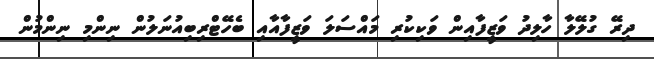
ދިރޭ ގުލޭލާ ހާލިދު ވަޒީފާއިން ވަކިކުރި މައްސަލަ ވަޒީފާއާއި ބެހޭޓްރިބިއުނަލުން ނިންމި ނިންމުން